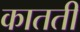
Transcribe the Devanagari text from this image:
कातती